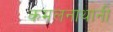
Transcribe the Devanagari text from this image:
कमलनाथांनी